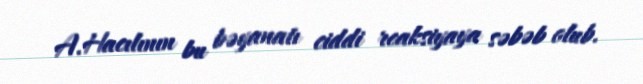
A.Hacılının bu bəyanatı ciddi reaksiyaya səbəb olub.